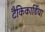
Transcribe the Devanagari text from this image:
टैकिकार्डिया